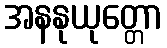
အနနုယုတ္တော